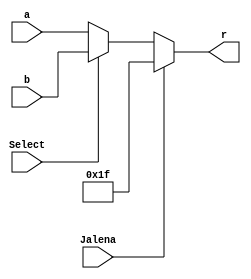
`timescale 1ns / 1ps
module mux5(
    input [4:0] a,
    input [4:0] b,
    input Jalena,
    input Select,
    output [4:0] r
    );
    assign r = (Jalena==1) ? 5'b11111 : ( (Select==1) ?b:a );
endmodule